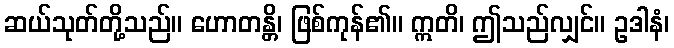
ဆယ်သုတ်တို့သည်။ ဟောတန္တိ၊ ဖြစ်ကုန်၏။ ဣတိ၊ ဤသည်လျှင်။ ဥဒါနံ၊